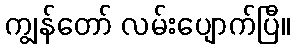
ကျွန်တော် လမ်းပျောက်ပြီ။